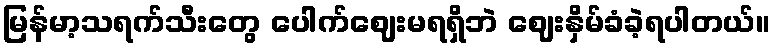
မြန်မာ့သရက်သီးတွေ ပေါက်ဈေးမရရှိဘဲ ဈေးနှိမ်ခံခဲ့ရပါတယ်။